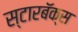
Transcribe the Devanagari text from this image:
स्टारबॅक्स